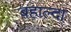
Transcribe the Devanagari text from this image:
बहाल्दा